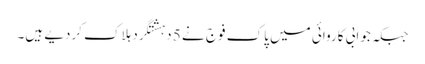
جبکہ جوابی کاروائی میں پاک فوج نے 5 دہشتگرد ہلاک کردیے ہیں۔